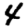
Digit: 4